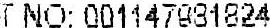
T NO: 001147981824